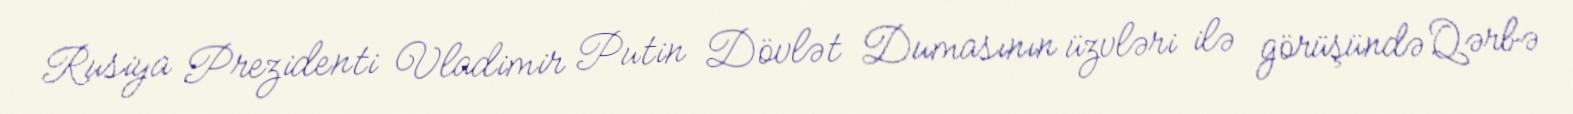
Rusiya Prezidenti Vladimir Putin Dövlət Dumasının üzvləri ilə görüşündə Qərbə